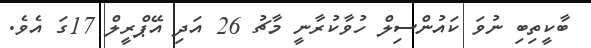
ބާކީތިބި ނުވަ ކައުންސިލް ހުވާކުރާނީ މާޗު 26 އަދި އޭޕްރީލް 17ގަ އެވެ.